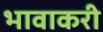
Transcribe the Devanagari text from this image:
भावाकरी